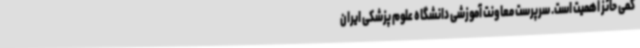
کمی حائز اهمیت است. سرپرست معاونت آموزشی دانشگاه علوم پزشکی ایران